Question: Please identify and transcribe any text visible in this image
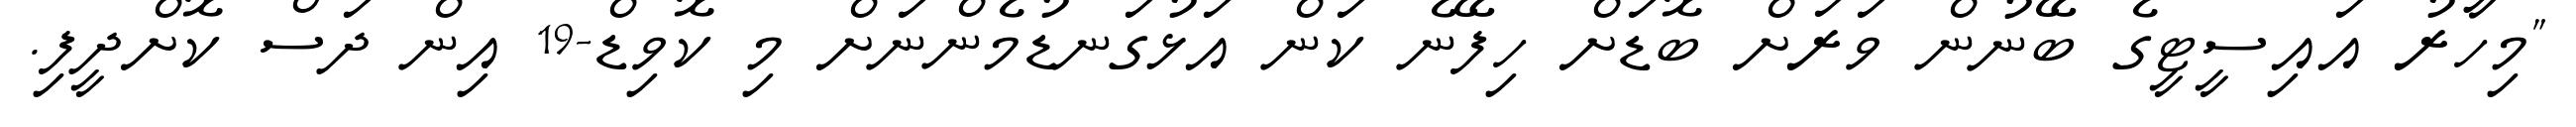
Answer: "މިހާރު އައިސީޓީގެ ބޭނުން ވަރަށް ބޮޑަށް ހިފޭނެ ކަން އަޅުގަނޑުމެންނަށް މި ކޮވިޑް-19 އިން ދަސް ކޮށްދީފި.